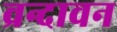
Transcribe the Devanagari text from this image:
व्रन्दावन